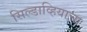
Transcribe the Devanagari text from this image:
सिल्डाव्हियाचा